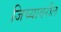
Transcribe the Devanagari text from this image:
जिच्यावरील